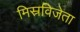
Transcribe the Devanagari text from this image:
मिस्रविजेता